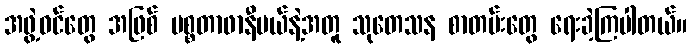
အဖွဲ့ဝင်တွေ အဖြစ် မစ္စတာဖာနီဗယ်နဲ့အတူ သုတေသန စာတမ်းတွေ ရေးခဲ့ကြပါတယ်။